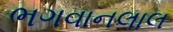
ભગવાનલાલ